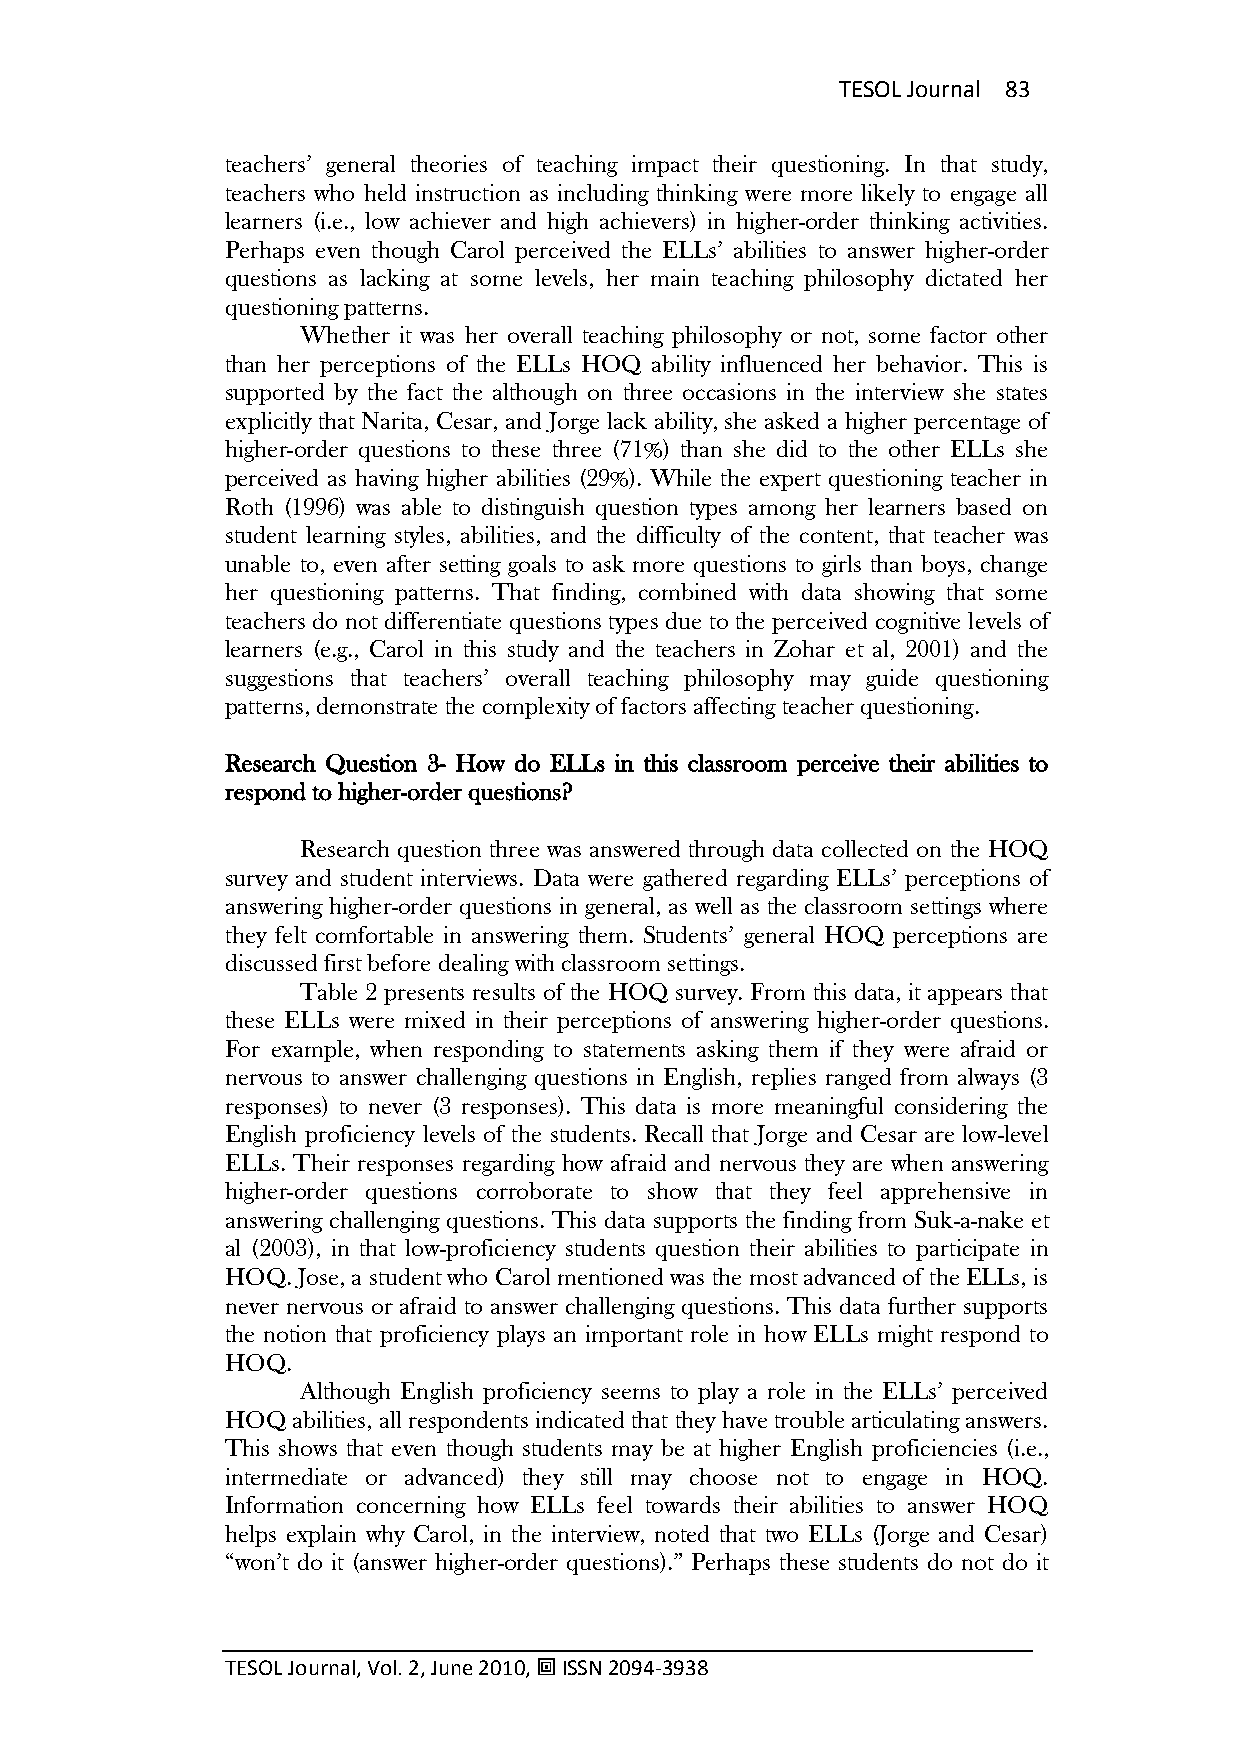
TESOL Journal 83
 teachers‘ general theories of teaching impact their questioning. In that study,
 teachers who held instruction as including thinking were more likely to engage all
 learners (i.e., low achiever and high achievers) in higher-order thinking activities.
 Perhaps even though Carol perceived the ELLs‘ abilities to answer higher-order
 questions as lacking at some levels, her main teaching philosophy dictated her
 questioning patterns.
 Whether it was her overall teaching philosophy or not, some factor other
 than her perceptions of the ELLs HOQ ability influenced her behavior. This is
 supported by the fact the although on three occasions in the interview she states
 explicitly that Narita, Cesar, and Jorge lack ability, she asked a higher percentage of
 higher-order questions to these three (71%) than she did to the other ELLs she
 perceived as having higher abilities (29%). While the expert questioning teacher in
 Roth (1996) was able to distinguish question types among her learners based on
 student learning styles, abilities, and the difficulty of the content, that teacher was
 unable to, even after setting goals to ask more questions to girls than boys, change
 her questioning patterns. That finding, combined with data showing that some
 teachers do not differentiate questions types due to the perceived cognitive levels of
 learners (e.g., Carol in this study and the teachers in Zohar et al, 2001) and the
 suggestions that teachers‘ overall teaching philosophy may guide questioning
 patterns, demonstrate the complexity of factors affecting teacher questioning.
 Research Question 3- How do ELLs in this classroom perceive their abilities to
 respond to higher-order questions?
 Research question three was answered through data collected on the HOQ
 survey and student interviews. Data were gathered regarding ELLs‘ perceptions of
 answering higher-order questions in general, as well as the classroom settings where
 they felt comfortable in answering them. Students‘ general HOQ perceptions are
 discussed first before dealing with classroom settings.
 Table 2 presents results of the HOQ survey. From this data, it appears that
 these ELLs were mixed in their perceptions of answering higher-order questions.
 For example, when responding to statements asking them if they were afraid or
 nervous to answer challenging questions in English, replies ranged from always (3
 responses) to never (3 responses). This data is more meaningful considering the
 English proficiency levels of the students. Recall that Jorge and Cesar are low-level
 ELLs. Their responses regarding how afraid and nervous they are when answering
 higher-order questions corroborate to show that they feel apprehensive in
 answering challenging questions. This data supports the finding from Suk-a-nake et
 al (2003), in that low-proficiency students question their abilities to participate in
 HOQ. Jose, a student who Carol mentioned was the most advanced of the ELLs, is
 never nervous or afraid to answer challenging questions. This data further supports
 the notion that proficiency plays an important role in how ELLs might respond to
 HOQ.
 Although English proficiency seems to play a role in the ELLs‘ perceived
 HOQ abilities, all respondents indicated that they have trouble articulating answers.
 This shows that even though students may be at higher English proficiencies (i.e.,
 intermediate or advanced) they still may choose not to engage in HOQ.
 Information concerning how ELLs feel towards their abilities to answer HOQ
 helps explain why Carol, in the interview, noted that two ELLs (Jorge and Cesar)
 ―won‘t do it (answer higher-order questions).‖ Perhaps these students do not do it
 TESOL Journal, Vol. 2, June 2010,  ISSN 2094-3938